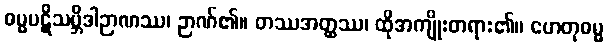
ဓမ္မပဋိသမ္ဘိဒါဉာဏဿ၊ ဉာဏ်၏။ တဿအတ္ထဿ၊ ထိုအကျိုးတရား၏။ ဟေတုဓမ္မ